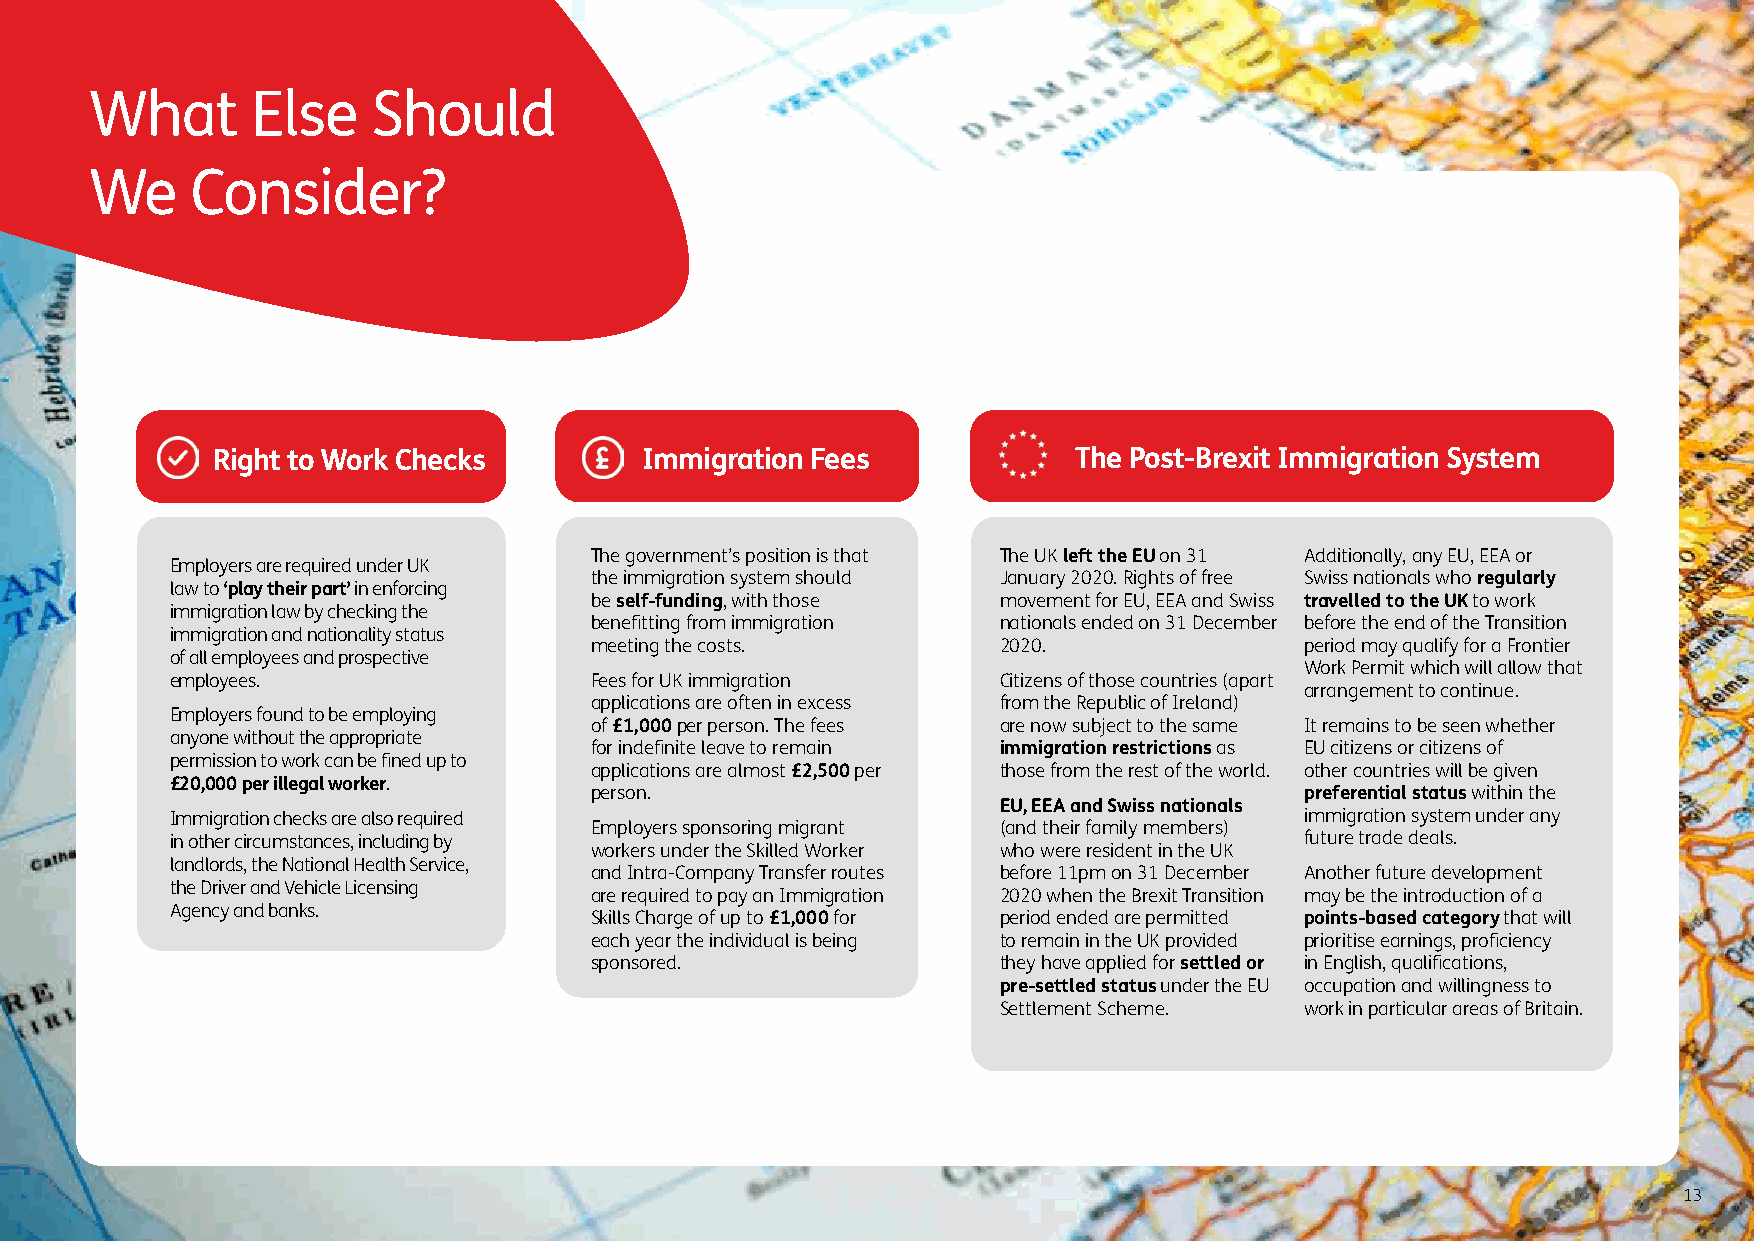
What       Else    Should
 We     Consider?
 Right to Work Checks        Immigration Fees             The Post-Brexit Immigration System
 The government’s position is that The UK left the EU on 31 Additionally, any EU, EEA or
 Employers are required under UK
 the immigration system should January 2020. Rights of free Swiss nationals who regularly
 law to ‘play their part’ in enforcing
 be self-funding, with those movement for EU, EEA and Swiss travelled to the UK to work
 immigration law by checking the
 benefitting from immigration nationals ended on 31 December before the end of the Transition
 immigration and nationality status
 meeting the costs.         2020.               period may qualify for a Frontier
 of all employees and prospective
 Work Permit which will allow that
 employees.                  Fees for UK immigration    Citizens of those countries (apart
 arrangement to continue.
 applications are often in excess from the Republic of Ireland)
 Employers found to be employing
 of £1,000 per person. The fees are now subject to the same It remains to be seen whether
 anyone without the appropriate
 for indefinite leave to remain immigration restrictions as EU citizens or citizens of
 permission to work can be fined up to
 applications are almost £2,500 per those from the rest of the world. other countries will be given
 £20,000 per illegal worker.
 person.                                        preferential status within the
 EU, EEA and Swiss nationals
 Immigration checks are also required                                       immigration system under any
 Employers sponsoring migrant (and their family members)
 in other circumstances, including by                                       future trade deals.
 workers under the Skilled Worker who were resident in the UK
 landlords, the National Health Service,
 and Intra-Company Transfer routes before 11pm on 31 December Another future development
 the Driver and Vehicle Licensing
 are required to pay an Immigration 2020 when the Brexit Transition may be the introduction of a
 Agency and banks.
 Skills Charge of up to £1,000 for period ended are permitted points-based category that will
 each year the individual is being to remain in the UK provided prioritise earnings, proficiency
 sponsored.                 they have applied for settled or in English, qualifications,
 pre-settled status under the EU occupation and willingness to
 Settlement Scheme.  work in particular areas of Britain.
 13